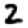
Digit: 2